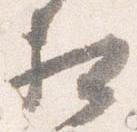
相